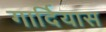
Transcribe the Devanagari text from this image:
गार्दियास